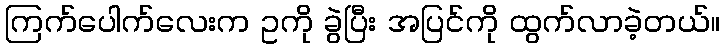
ကြက်ပေါက်လေးက ဥကို ခွဲပြီး အပြင်ကို ထွက်လာခဲ့တယ်။